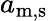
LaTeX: a_{\mathrm{m,s}}